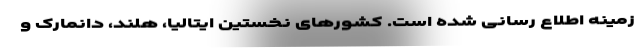
زمینه اطلاع رسانی شده است. کشورهای نخستین ایتالیا، هلند، دانمارک و